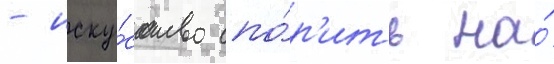
- иску́сство спо́р'ить на́